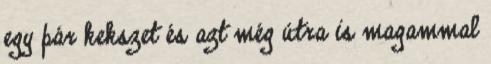
egy pár kekszet és azt még útra is magammal